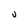
Character: U